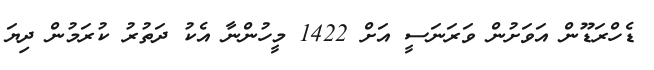
ޑެހްރަޑޫން އަވަށުން ވަރަނަސީ އަށް 1422 މީހުންނާ އެކު ދަތުރު ކުރަމުން ދިޔަ